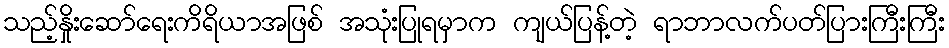
သည့်နှိုးဆော်ရေးကိရိယာအဖြစ် အသုံးပြုရမှာက ကျယ်ပြန့်တဲ့ ရာဘာလက်ပတ်ပြားကြီးကြီး